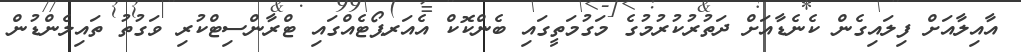
އާއިލާއަށް ފިލައިގެން ކެނެޑާއަށް ދަތުރުކުރުމުގެ މަގުމަތީގައި ބެންކޮކް އެއަރޕޯޓެއްގައި ޓްރާންސިޓްކުރި ވަގުތު ތައިލެންޑުން